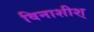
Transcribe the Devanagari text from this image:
विनाशीश्